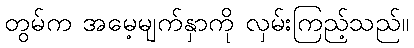
တွမ်က အမေ့မျက်နှာကို လှမ်းကြည့်သည်။